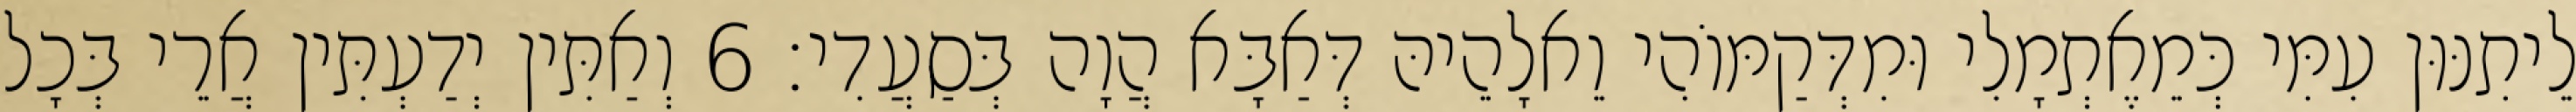
לֵיתִנּוּן עִמִּי כְּמֵאֶתְמָלִי וּמִדְּקַמּוֹהִי וֵאלָהֵיהּ דְּאַבָּא הֲוָה בְּסַעֲדִי׃ 6 וְאַתִּין יְדַעְתִּין אֲרֵי בְּכָל